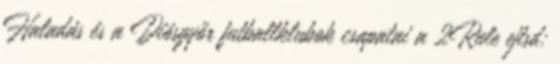
Haladás és a Diósgyőr futballklubok csapatai a 2Rule ejtsd: